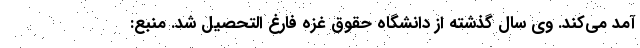
آمد می‌کند. وی سال گذشته از دانشگاه حقوق غزه فارغ التحصیل شد. منبع: